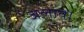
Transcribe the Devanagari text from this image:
जलायें।